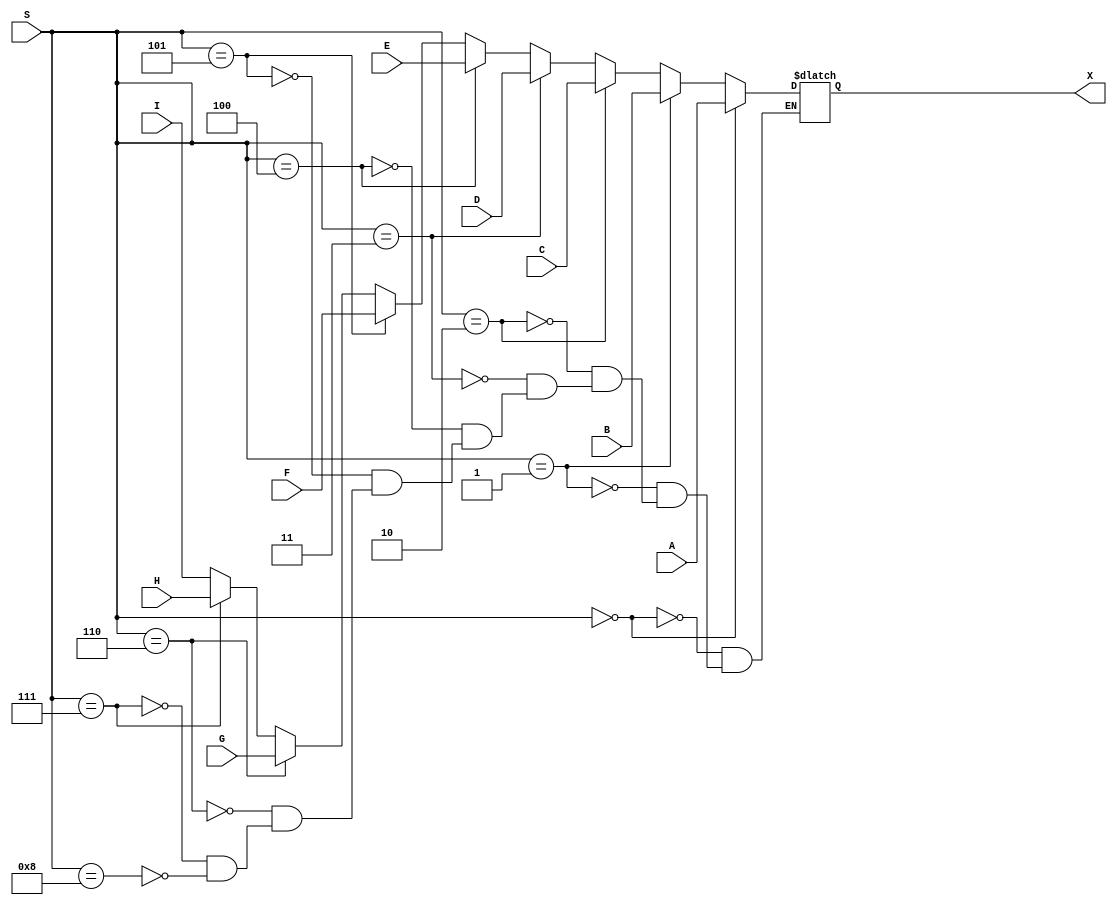
module mux_8x1_64bit (
    input [3:0] S,
    input [63:0] A, B, C, D, E, F, G, H, I,
    output reg [63:0] X
);

always @ (*) 
    begin
        if (S == 4'b0000)
            X <= A;
        else if (S == 4'b0001)
            X <= B;
        else if (S == 4'b0010)
            X <= C;
        else if (S == 4'b0011)
            X <= D;
        else if (S == 4'b0100)
            X <= E;
        else if (S == 4'b0101)
            X <= F;
        else if (S == 4'b0110)
            X <= G;
        else if (S == 4'b0111)
            X <= H;
        else if (S == 4'b1000)
            X <= I;
    end
endmodule